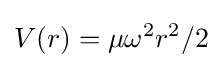
V(r)=\mu \omega ^{2}r^{2}/2